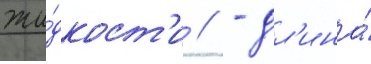
жи́дкост'и // - дл'ина́